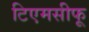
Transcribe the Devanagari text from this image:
टिएमसीफू